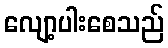
လျော့ပါးစေသည်